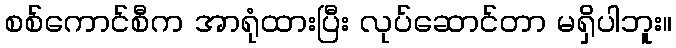
စစ်ကောင်စီက အာရုံထားပြီး လုပ်ဆောင်တာ မရှိပါဘူး။